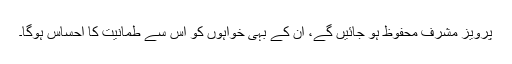
پرویز مشرف محفوظ ہو جائیں گے، ان کے بہی خواہوں کو اس سے طمانیت کا احساس ہوگا۔